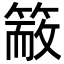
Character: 𥱙